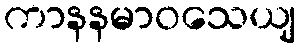
ကာနနမာဝသေယျ